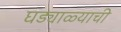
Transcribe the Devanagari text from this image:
घड्याळ्याची